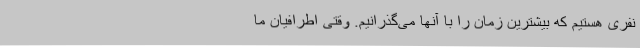
نفری هستیم که بیشترین زمان را با آنها می‌گذرانیم. وقتی اطرافیان ما